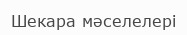
Шекара мәселелері